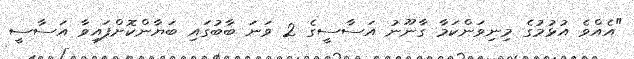
"އެއްވެ އުޅުމުގެ މިނިވަންކަމާ ގާނޫނު އަސާސީގެ 2 ވަނަ ބާބުގައި ބަޔާންކޮށްފައިވާ އަސާސީ